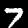
Label: 7